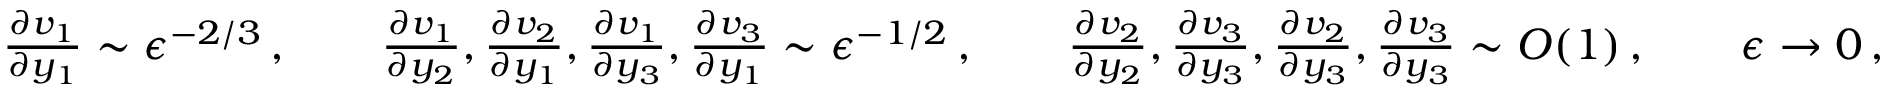
\begin{array} { r } { \frac { \partial v _ { 1 } } { \partial y _ { 1 } } \sim \epsilon ^ { - 2 / 3 } \, , \qquad \frac { \partial v _ { 1 } } { \partial y _ { 2 } } , \frac { \partial v _ { 2 } } { \partial y _ { 1 } } , \frac { \partial v _ { 1 } } { \partial y _ { 3 } } , \frac { \partial v _ { 3 } } { \partial y _ { 1 } } \sim \epsilon ^ { - 1 / 2 } \, , \qquad \frac { \partial v _ { 2 } } { \partial y _ { 2 } } , \frac { \partial v _ { 3 } } { \partial y _ { 3 } } , \frac { \partial v _ { 2 } } { \partial y _ { 3 } } , \frac { \partial v _ { 3 } } { \partial y _ { 3 } } \sim O ( 1 ) \, , \qquad \epsilon \to 0 \, , } \end{array}